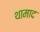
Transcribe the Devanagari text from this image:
थामाद